Scottish Leaving Certificate Examination, 1958
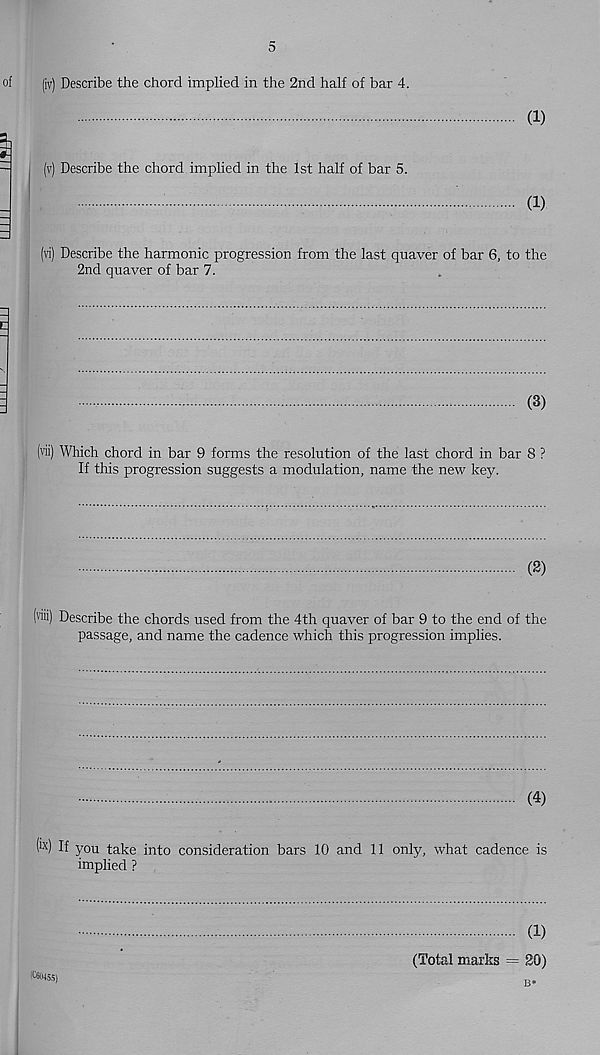
5
(iv) Describe the chord implied in the 2nd half of bar 4.
(1)
(v) Describe the chord implied in the 1st half of bar 5.
(1)
(vi) Describe the harmonic progression from the last quaver of bar 6, to the
2nd quaver of bar 7.
(3)
(hi) Which chord in bar 9 forms the resolution of the last chord in bar 8 ?
If this progression suggests a modulation, name the new key.
(2)
(hii) Describe the chords used from the 4th quaver of bar 9 to the end of the
passage, and name the cadence which this progression implies.
(4)
(' x ) If you take into consideration bars 10 and 11 only, what cadence is
implied ?
IWlWSS)
(1)
(Total marks = 20)
B*